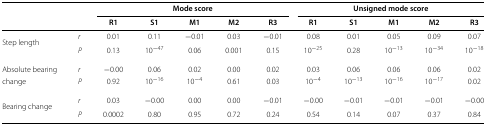
<table><thead><tr><td colspan="7"><b>Mode score</b></td><td colspan="5"><b>Unsigned mode score</b></td></tr><tr><td colspan="2"></td><td><b>R1</b></td><td><b>S1</b></td><td><b>M1</b></td><td><b>M2</b></td><td><b>R3</b></td><td><b>R1</b></td><td><b>S1</b></td><td><b>M1</b></td><td><b>M2</b></td><td><b>R3</b></td></tr></thead><tbody><tr><td>Step length</td><td><i>r</i></td><td>0.01</td><td>0.11</td><td>−0.01</td><td>0.03</td><td>−0.01</td><td>0.08</td><td>0.01</td><td>0.05</td><td>0.09</td><td>0.07</td></tr><tr><td></td><td><i>P</i></td><td>0.13</td><td>10<sup>−47</sup></td><td>0.06</td><td>0.001</td><td>0.15</td><td>10<sup>−25</sup></td><td>0.28</td><td>10<sup>−13</sup></td><td>10<sup>−34</sup></td><td>10<sup>−18</sup></td></tr><tr><td>Absolute bearing</td><td><i>r</i></td><td>−0.00</td><td>0.06</td><td>0.02</td><td>0.00</td><td>0.02</td><td>0.03</td><td>0.06</td><td>0.06</td><td>0.06</td><td>0.02</td></tr><tr><td>change</td><td><i>P</i></td><td>0.92</td><td>10<sup>−16</sup></td><td>10<sup>−4</sup></td><td>0.61</td><td>0.03</td><td>10<sup>−4</sup></td><td>10<sup>−13</sup></td><td>10<sup>−16</sup></td><td>10<sup>−17</sup></td><td>0.02</td></tr><tr><td>Bearing change</td><td><i>r</i></td><td>0.03</td><td>−0.00</td><td>0.00</td><td>0.00</td><td>−0.01</td><td>−0.00</td><td>−0.01</td><td>−0.01</td><td>−0.01</td><td>−0.00</td></tr><tr><td></td><td><i>P</i></td><td>0.0002</td><td>0.80</td><td>0.95</td><td>0.72</td><td>0.24</td><td>0.54</td><td>0.14</td><td>0.07</td><td>0.37</td><td>0.84</td></tr></tbody></table>